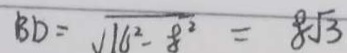
B D = \sqrt { 1 6 ^ { 2 } - 8 ^ { 2 } } = 8 \sqrt { 3 }